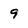
Character: 9